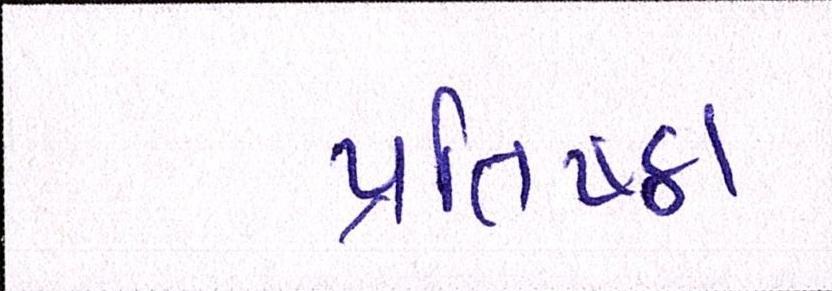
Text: પ્રતિષ્ઠા